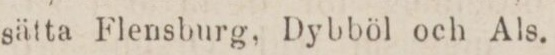
sätta Flensburg, Dybböl och Als.